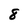
Character: 8